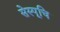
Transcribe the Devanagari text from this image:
सेस्पूचि